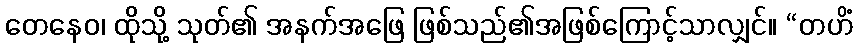
တေနေဝ၊ ထိုသို့ သုတ်၏ အနက်အဖြေ ဖြစ်သည်၏အဖြစ်ကြောင့်သာလျှင်။ “တဟိံ